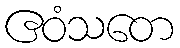
ဧဝံသတေ